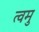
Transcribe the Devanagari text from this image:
त्वमु